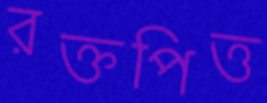
রক্তপিত্ত